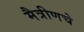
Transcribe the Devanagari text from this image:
मैत्रीणचे